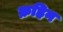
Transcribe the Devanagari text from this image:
क्रहिन